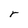
Character: r